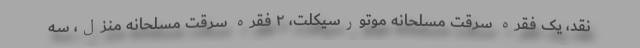
نقد، یک فقره سرقت مسلحانه موتورسیکلت، ۲ فقره سرقت مسلحانه منزل، سه